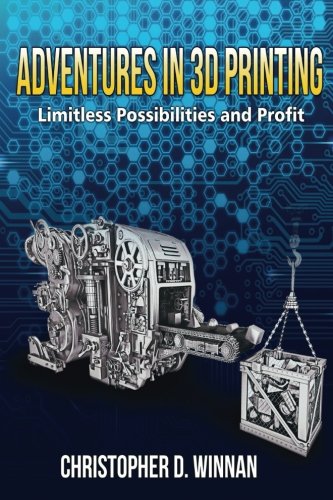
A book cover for Adventures in 3D Printing: Limitless Possibilities and Profit Using 3D Printers; Christopher D. Winnan; Computers & Technology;